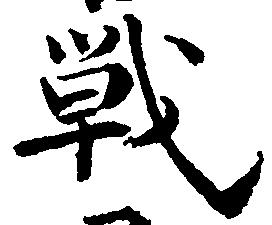
戦